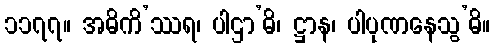
၁၁၇၇။ အဓိကိ’ဿရ၊ ပါဌာ’ဓိ၊ ဋ္ဌာန၊ ပါပုဏနေသွ’ဓိ။